Lunatic asylums Punjab 1868-1880 - 1868-1880
Year: 1868
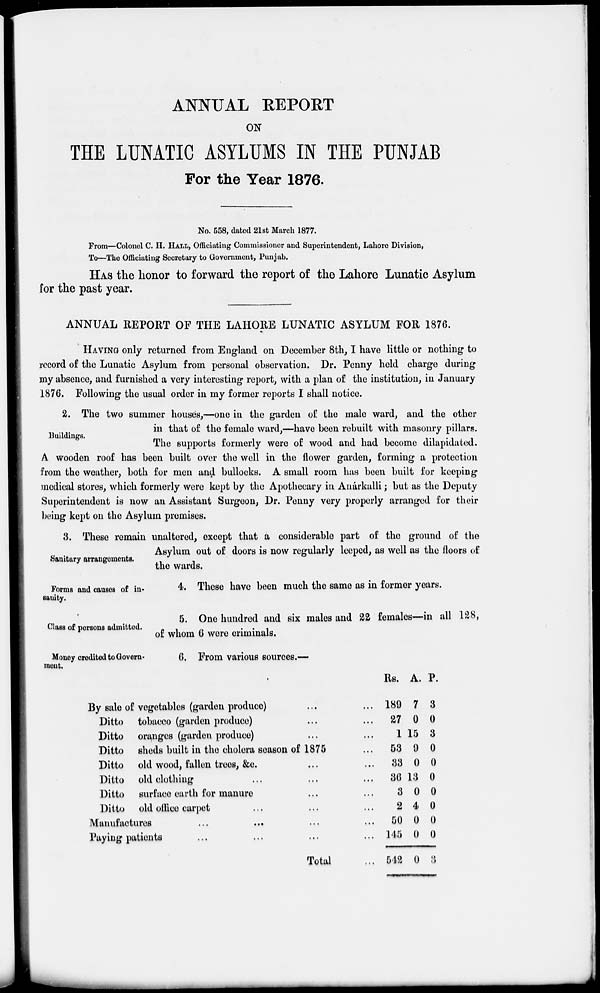
ANNUAL REPORT
ON
THE LUNATIC ASYLUMS IN THE PUNJAB
For the Year 1876.
No. 558, dated 21st March 1877.
From—Colonel C. H. HALL, Officiating Commissioner and Superintendent, Lahore Division,
To—The Officiating Secretary to Government, Punjab.
HAS the honor to forward the report of the Lahore Lunatic Asylum
for the past year.
ANNUAL REPORT OF THE LAHORE LUNATIC ASYLUM FOR 1876.
HAVING only returned from England on December 8th, I have little or nothing to
record of the Lunatic Asylum from personal observation. Dr. Penny held charge during
my absence, and furnished a very interesting report, with a plan of the institution, in January
1876. Following the usual order in my former reports I shall notice.
Buildings.
2. The two summer houses,—one in the garden of the male ward, and the other
in that of the female ward,—have been rebuilt with masonry pillars.
The supports formerly were of wood and had become dilapidated.
A wooden roof has been built over the well in the flower garden, forming a protection
from the weather, both for men and bullocks. A small room has been built for keeping
medical stores, which formerly were kept by the Apothecary in Anárkalli; but as the Deputy
Superintendent is now an Assistant Surgeon, Dr. Penny very properly arranged for their
being kept on the Asylum premises.
Sanitary arrangements.
3. These remain unaltered, except that a considerable part of the ground of the
Asylum out of doors is now regularly leeped, as well as the floors of
the wards.
Forms and causes of in-
sanity.
4. These have been much the same as in former years.
Class of persons admitted.
5. One hundred and six males and 22 females—in all 128,
of whom 6 were criminals.
Money credited to Govern-
ment.
6. From various sources.—
By sale of vegetables (garden produce) ... ...
Ditto tobacco (garden produce) ... ...
Ditto oranges (garden produce) ... ...
Ditto sheds built in the cholera season of 1875 ...
Ditto old wood, fallen trees, &c. ... ...
Ditto old clothing ... ... ...
Ditto surface earth for manure ... ...
Ditto old office carpet ... ... ...
Manufactures
...
...
...
...
Pying patients ... ... ... ...
Total ...
Rs.
189
27
1
53
33
36
3
2
50
145
542
A.
7
0
15
9
0
13
0
4
0
0
0
P.
3
0
3
0
0
0
0
0
0
0
3